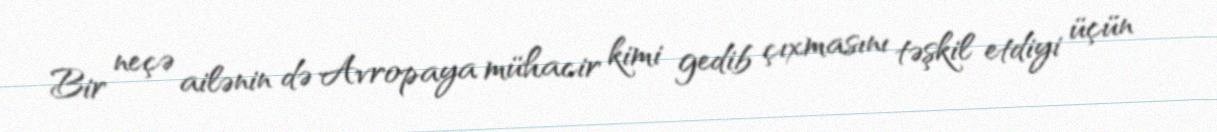
Bir neçə ailənin də Avropaya mühacir kimi gedib çıxmasını təşkil etdiyi üçün